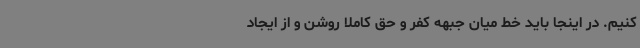
کنیم. در اینجا باید خط میان جبهه کفر و حق کاملاً روشن و از ایجاد